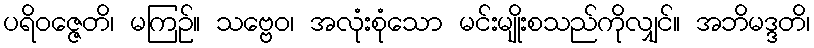
ပရိဝဇ္ဇေတိ၊ မကြဉ်။ သဗ္ဗေဝ၊ အလုံးစုံသော မင်းမျိုးစသည်ကိုလျှင်။ အဘိမဒ္ဒတိ၊